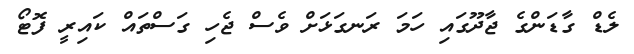
ލެޑް ގާޑަންގެ ޖާދޫގައި ހަމަ ރަނގަޅަށް ވެސް ޖެހި ގަސްތައް ކައިރީ ފޮޓޯ